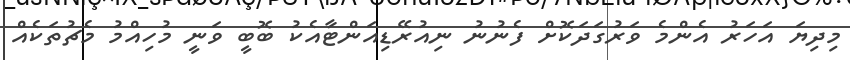
މިދިޔަ އަހަރު އެންމެ ވަރުގަދަކޮށް ފެނުނު ނިއުރޭޑިއަންޓާއެކު ބޮބީ ވަނީ މުހިއްމު މެޗުތަކެއް